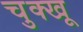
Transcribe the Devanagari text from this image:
चुक्खू